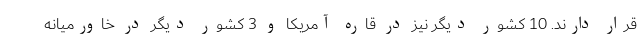
قرار دارند. 10 کشور دیگر نیز در قاره آمریکا و 3 کشور دیگر در خاورمیانه